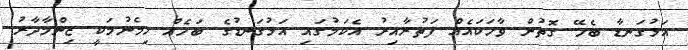
އަޅުގަނޑާ ބެހޭ ގޮތުން ވާހަކައެއް ފަތުރާއިރު އެކަމުގައި އަޅުގަނޑުގެ ބަހެއް ހިމެނުމަކީ ޒިންމާދާރު